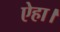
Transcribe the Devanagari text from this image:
ऐहा।